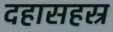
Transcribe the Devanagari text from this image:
दहासहस्र